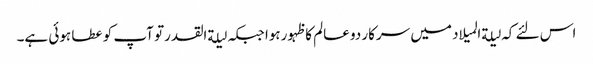
اس لئے کہ لیلةالمیلاد میں سرکار دو عالم کا ظہورہوا جبکہ لیلةالقدرتو آپ کو عطا ہوئی ہے۔